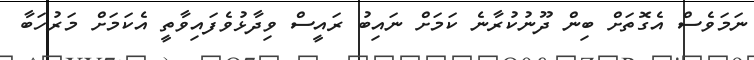
ނަމަވެސް އެގޮތަށް ބިން ދޫނުކުރާނެ ކަމަށް ނައިބު ރައީސް ވިދާޅުވެފައިވާތީ އެކަމަށް މަރުހަބާ